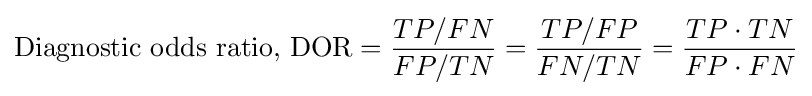
{\text{Diagnostic odds ratio, DOR}}={\frac {TP/FN}{FP/TN}}={\frac {TP/FP}{FN/TN}}={\frac {TP\cdot TN}{FP\cdot FN}}